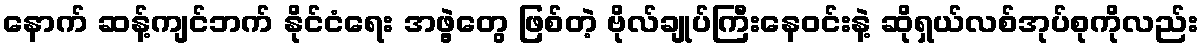
နောက် ဆန့်ကျင်ဘက် နိုင်ငံရေး အဖွဲ့တွေ ဖြစ်တဲ့ ဗိုလ်ချုပ်ကြီးနေဝင်းနဲ့ ဆိုရှယ်လစ်အုပ်စုကိုလည်း